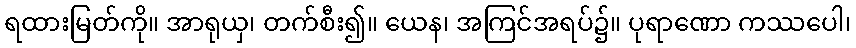
ရထားမြတ်ကို။ အာရုယှ၊ တက်စီး၍။ ယေန၊ အကြင်အရပ်၌။ ပုရာဏော ကဿပေါ၊